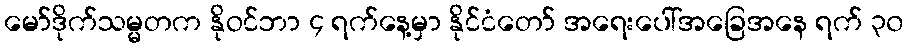
မော်ဒိုက်သမ္မတက နိုဝင်ဘာ ၄ ရက်နေ့မှာ နိုင်ငံတော် အရေးပေါ်အခြေအနေ ရက် ၃၀